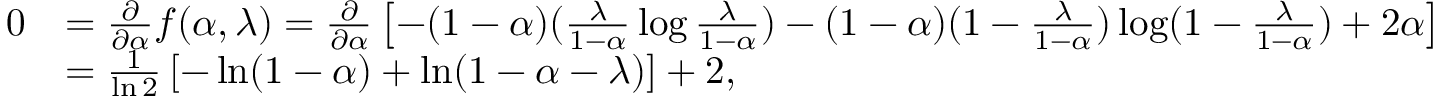
\begin{array} { r l } { 0 } & { = \frac { \partial } { \partial \alpha } f ( \alpha , \lambda ) = \frac { \partial } { \partial \alpha } \left[ - ( 1 - \alpha ) ( \frac { \lambda } { 1 - \alpha } \log \frac { \lambda } { 1 - \alpha } ) - ( 1 - \alpha ) ( 1 - \frac { \lambda } { 1 - \alpha } ) \log ( 1 - \frac { \lambda } { 1 - \alpha } ) + 2 \alpha \right] } \\ & { = \frac { 1 } { \ln 2 } \left[ - \ln ( 1 - \alpha ) + \ln ( 1 - \alpha - \lambda ) \right] + 2 , } \end{array}